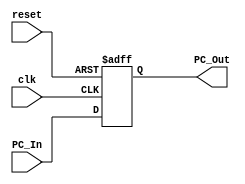
`timescale 1ns / 1ps
//////////////////////////////////////////////////////////////////////////////////
// Company: 
// Engineer: 
// 
// Design Name: 
// Module Name: Program_Counter
// Project Name: 
// Target Devices: 
// Tool Versions: 
// Description: 
// 
// Dependencies: 
// 
// Revision:
// Revision 0.01 - File Created
// Additional Comments:
// 
//////////////////////////////////////////////////////////////////////////////////

module Program_Counter(
    input clk,
    input reset,
    input [63:0] PC_In,
    output reg [63:0] PC_Out
    );

//initial
//	PC_Out=64'd0;
//	always @ (posedge clk or posedge reset)
//        PC_Out = (reset == 1'b1) ? 64'b0: PC_In;
initial
	PC_Out=64'd0;
	always @ (posedge clk or posedge reset) begin
	   if (reset == 1'b1) PC_Out = 64'b0;
	   else PC_Out = PC_In;
	end
endmodule